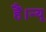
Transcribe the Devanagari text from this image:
हैं।न्यू